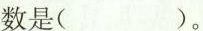
数是( )。